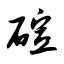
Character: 碹